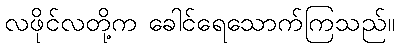
လဖိုင်လတို့က ခေါင်ရေသောက်ကြသည်။